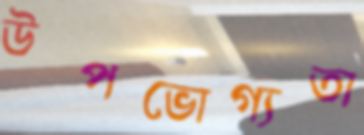
উপভোগ্যতা